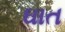
ઘાત